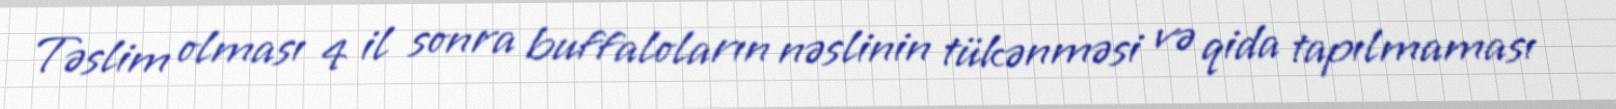
Təslim olması 4 il sonra buffaloların nəslinin tükənməsi və qida tapılmaması